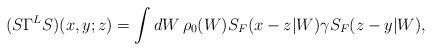
LaTeX: \begin{align*}(S\Gamma^L S)(x,y;z)=\int dW\,\rho_0(W)S_F(x-z|W)\gamma S_F(z-y|W),\end{align*}